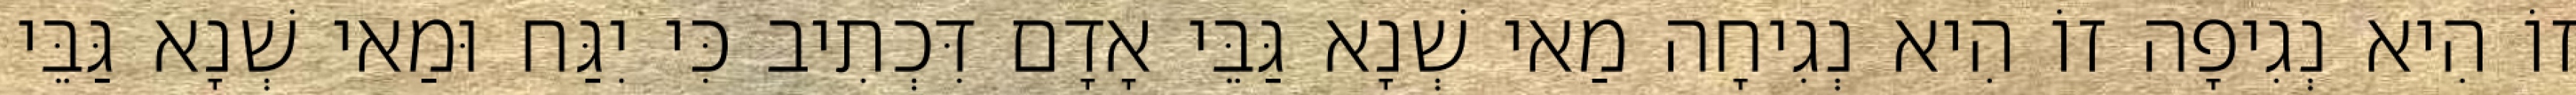
זוֹ הִיא נְגִיפָה זוֹ הִיא נְגִיחָה מַאי שְׁנָא גַּבֵּי אָדָם דִּכְתִיב כִּי יִגַּח וּמַאי שְׁנָא גַּבֵּי